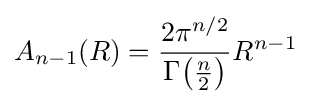
A_{n-1}(R)={\frac {2\pi ^{n/2}}{\Gamma {\bigl (}{\tfrac {n}{2}}{\bigr )}}}R^{n-1}